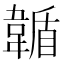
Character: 𩏋